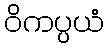
ဝိကပ္ပယံ